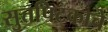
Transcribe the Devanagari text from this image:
सुत्तपिटकाचे